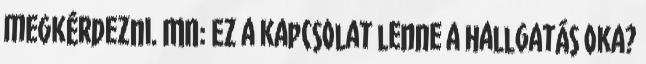
megkérdezni. MN: Ez a kapcsolat lenne a hallgatás oka?